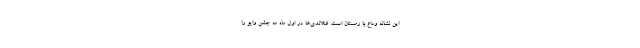
این نشانه وداع با زمستان است. فنلاندی‌ها در اول ماه مه جشن واپو را